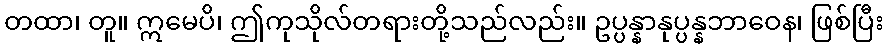
တထာ၊ တူ။ ဣမေပိ၊ ဤကုသိုလ်တရားတို့သည်လည်း။ ဥပ္ပန္နာနုပ္ပန္နဘာဝေန၊ ဖြစ်ပြီး